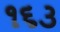
૧૬૩